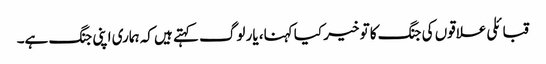
قبائلی علاقوں کی جنگ کا تو خیر کیا کہنا، یار لوگ کہتے ہیں کہ ہماری اپنی جنگ ہے۔